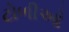
ટોળીઓ